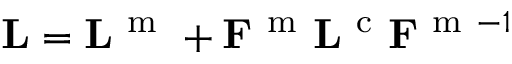
{ \bf L } = { \bf L } ^ { \mathrm { ~ m ~ } } + { \bf F } ^ { \mathrm { ~ m ~ } } { \bf L } ^ { \mathrm { ~ c ~ } } { \bf F } ^ { \mathrm { ~ m ~ } - 1 }